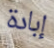
إبادة